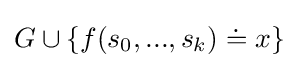
G\cup \{f(s_{0},...,s_{k})\doteq x\}